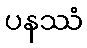
ပနဿံ